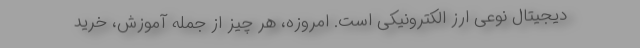
دیجیتال نوعی ارز الکترونیکی است. امروزه، هر چیز از جمله آموزش، خرید